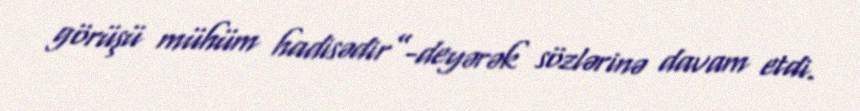
görüşü mühüm hadisədir”-deyərək sözlərinə davam etdi.